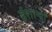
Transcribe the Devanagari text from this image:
ईशान्यां